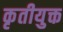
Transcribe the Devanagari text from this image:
कृतीयुक्त